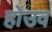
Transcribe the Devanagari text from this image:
होउव